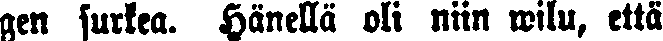
gen surkea. Hänellä oli niin wilu, että